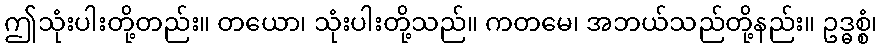
ဤသုံးပါးတို့တည်း။ တယော၊ သုံးပါးတို့သည်။ ကတမေ၊ အဘယ်သည်တို့နည်း။ ဥဒ္ဓစ္စံ၊